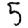
Digit: 5